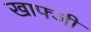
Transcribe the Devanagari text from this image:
खाफ्जी